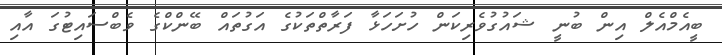
ބީއެމްއެލް އިން ބުނީ ޝައުގުވެރިކަން ހުށަހަޅާ ފަރާތްތަކުގެ އަގުތައް ބޭންކްގެ ވެބްސައިޓުގަ އާއި